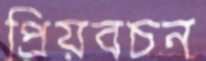
প্রিয়বচন